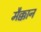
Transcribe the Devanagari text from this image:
मैक्कान